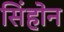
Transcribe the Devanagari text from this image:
सिंहोन